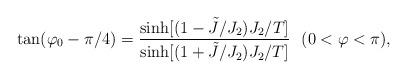
LaTeX: \begin{align*}\tan (\varphi_0-\pi /4)={\sinh [(1-\tilde J/J_2)J_2/T]\over \sinh [(1+\tilde J/J_2)J_2/T]} \ \ (0<\varphi <\pi),\end{align*}